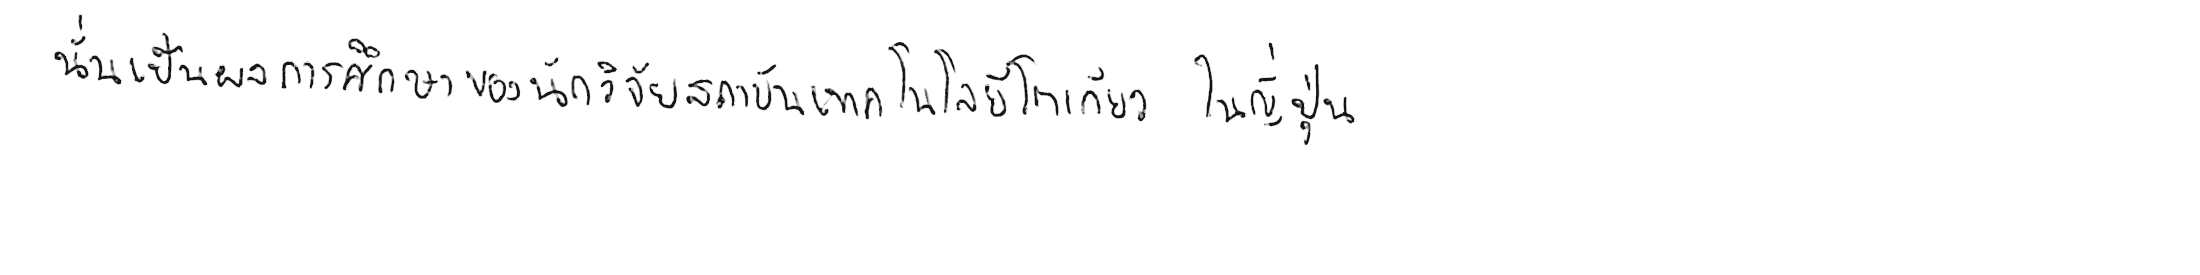
นั่นเป็นผลการศึกษาของนักวิจัยสถาบันเทคโนโลยีโตเกียว ในญี่ปุ่น